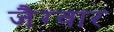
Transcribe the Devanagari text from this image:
जैग्वार